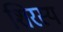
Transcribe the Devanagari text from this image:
शिरस्य